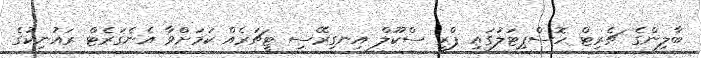
ބާލިންގެ ޗެރިޓް ހޮސްޕިޓަލުގައި ޕްރީ ސްކޫލް އިނގިރޭސި ޓީޗަރެއް ކަމަށްވާ އެނެގަރެޓް ރައުނިކުގެ